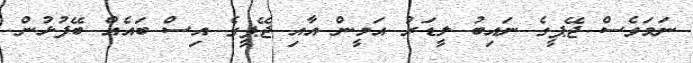
ނަމަވެސް ޖޭޕީގެ ނައިބު ލީޑަރު އަމީން އާއި ޖޭޕީގެ އިސް ބައެއް ބޭފުޅުން